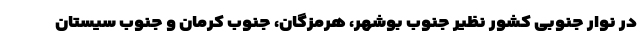
در نوار جنوبی کشور نظیر جنوب بوشهر، هرمزگان، جنوب کرمان و جنوب سیستان